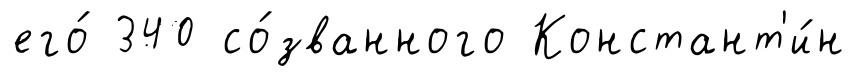
его́ 340 со́званного Констант'и́н